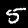
Digit: 5